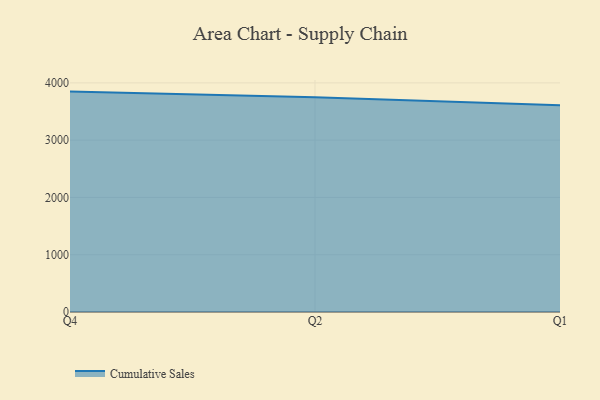
{"axis": {"x": "Quarter", "y": "Temperature (°C)"}, "legend": ["Cumulative Sales"], "data": [{"x": "Q4", "y": 3848.1, "type": "Cumulative Sales"}, {"x": "Q2", "y": 3749.1, "type": "Cumulative Sales"}, {"x": "Q1", "y": 3610.3, "type": "Cumulative Sales"}]}